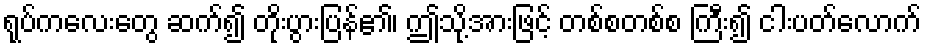
ရုပ်ကလေးတွေ ဆက်၍ တိုးပွားပြန်၏၊ ဤသို့အားဖြင့် တစ်စတစ်စ ကြီး၍ ငါးပတ်လောက်